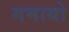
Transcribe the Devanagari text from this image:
गमायो